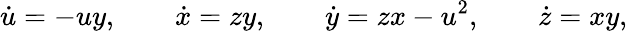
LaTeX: \dot{u}=-uy,\qquad\dot{x}=zy,\qquad\dot{y}=zx-u^{2},\qquad\dot{z}=xy,